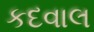
કદવાલ